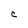
Character: C